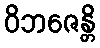
ဝိဘဇေန္တိ